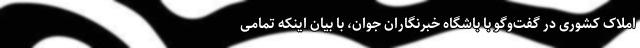
املاک کشوری در گفت‌وگو با باشگاه خبرنگاران جوان، با بیان اینکه تمامی